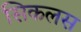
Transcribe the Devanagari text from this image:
सिकलस